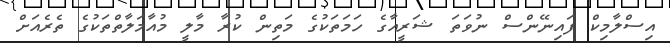
އިސްލާމިކް ފައިނޭންސް ނުވަތަ ޝަރީއާގެ ހަމަތަކުގެ މަތިން ކުރާ މާލީ މުއާމަލާތްތަކުގެ ތެރެއަށް